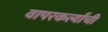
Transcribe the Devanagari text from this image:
वापरकर्त्यांची